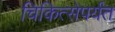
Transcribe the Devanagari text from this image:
चिकित्सेपर्यंत